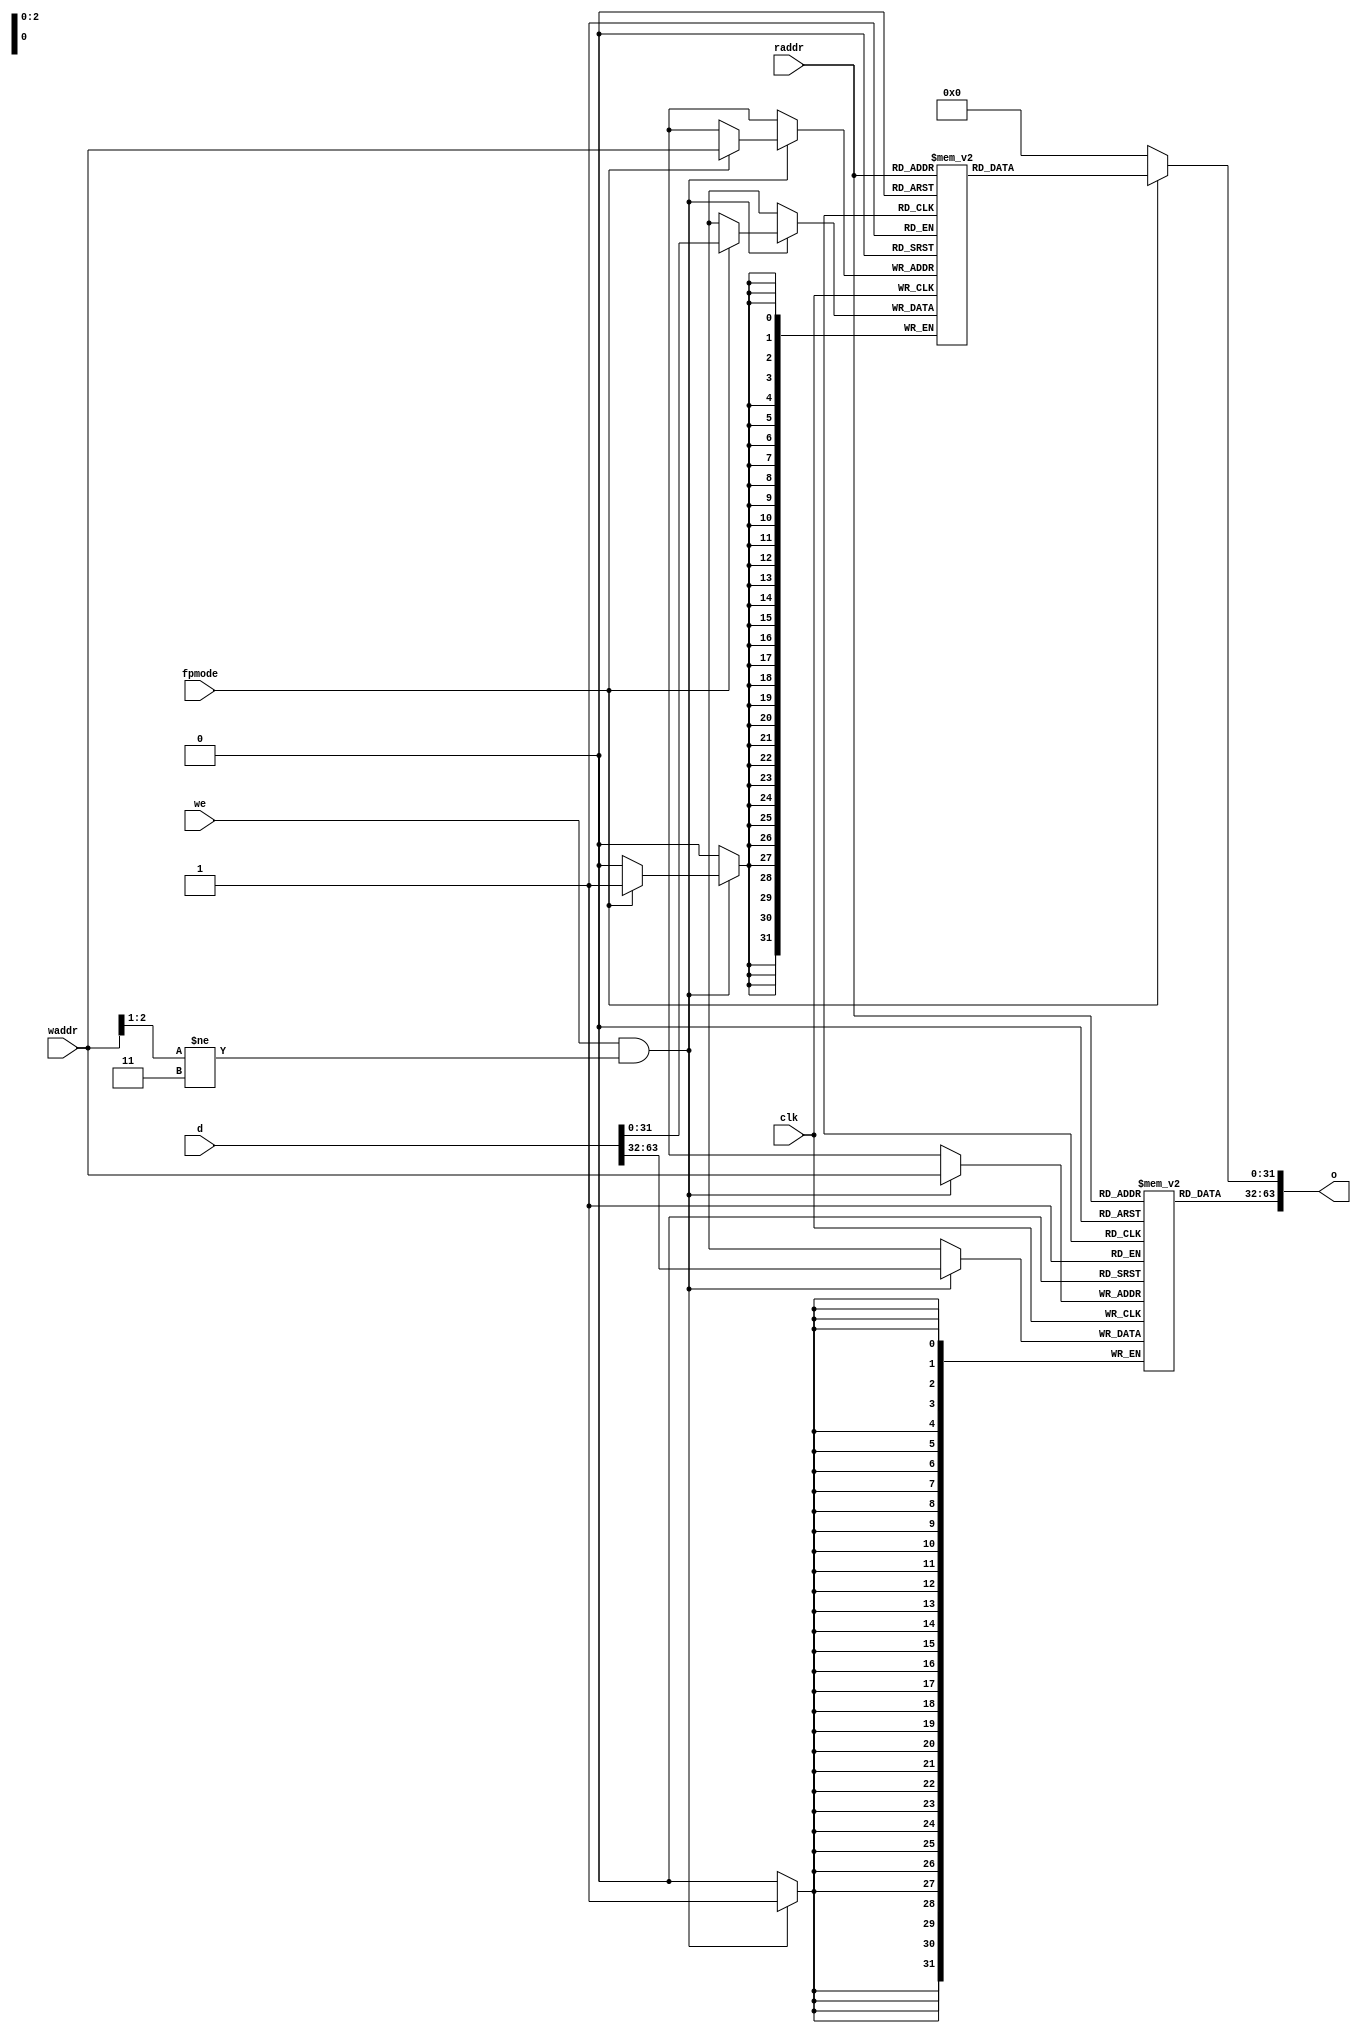
//====================================================
//   FPU  PDP2011
//====================================================
module fpuregs (
   input[2:0] raddr,    //  
   input[2:0] waddr,    //  
   input[63:0] d,       //  
   output [63:0] o,     //  
   input fpmode,        // 0 - 32- , 1 - 64-
   input we,            //  
   input clk            // 
);   

//  ,     
reg[31:0] fpregh[5:0]; //  63-32
reg[31:0] fpregl[5:0]; //  31-00

//*************************************************
//*   
//*************************************************
always @(posedge clk)  begin
   if (we == 1'b1 & waddr[2:1] != 2'b11)   begin
      //  32 
      fpregh[waddr] <= d[63:32] ; 
      //  32 
      if (fpmode == 1'b1) fpregl[waddr] <= d[31:0] ; 
   end  
end 

//*************************************************
//*   
//*************************************************
assign o = (fpmode == 1'b1)? {fpregh[raddr], fpregl[raddr]} :  // 64- 
                             {fpregh[raddr], {32{1'b0}}   } ;  // 32- 

endmodule